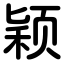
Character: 颖